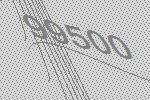
99500